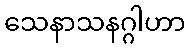
သေနာသနဂ္ဂါဟာ